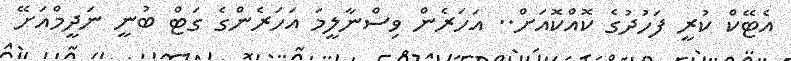
އެޓޭކް ކުރީ ފަހުދުގެ ކޮއްކޮއަށް.. އަހަރެން ވިސްނާލީމަ އަހަރެންގެ ގަޓް ބުނީ ނަދީމްއަށޭ